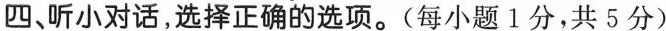
四、听小对话,选择正确的选项.(每小题 1分,共 5 分)